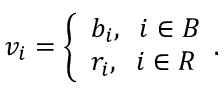
v _ { i } = \left\{ \begin{array} { l l } { b _ { i } , \; \; i \in { \cal B } } \\ { r _ { i } , \; \; i \in { \cal R } } \end{array} . \right.